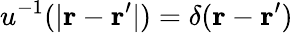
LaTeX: u^{-1}(\vert\mathbf{r}-\mathbf{r}^{\prime}\vert)=\delta(\mathbf{r}-\mathbf{r}^{\prime})